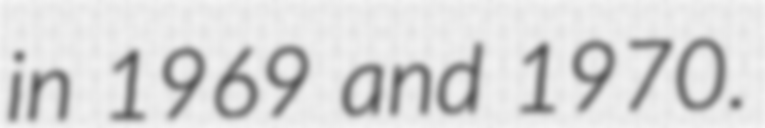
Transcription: in 1969 and 1970.